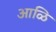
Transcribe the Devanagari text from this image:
आळि